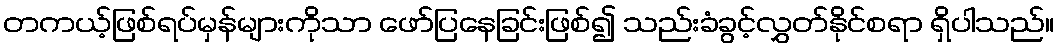
တကယ့်ဖြစ်ရပ်မှန်များကိုသာ ဖော်ပြနေခြင်းဖြစ်၍ သည်းခံခွင့်လွှတ်နိုင်စရာ ရှိပါသည်။